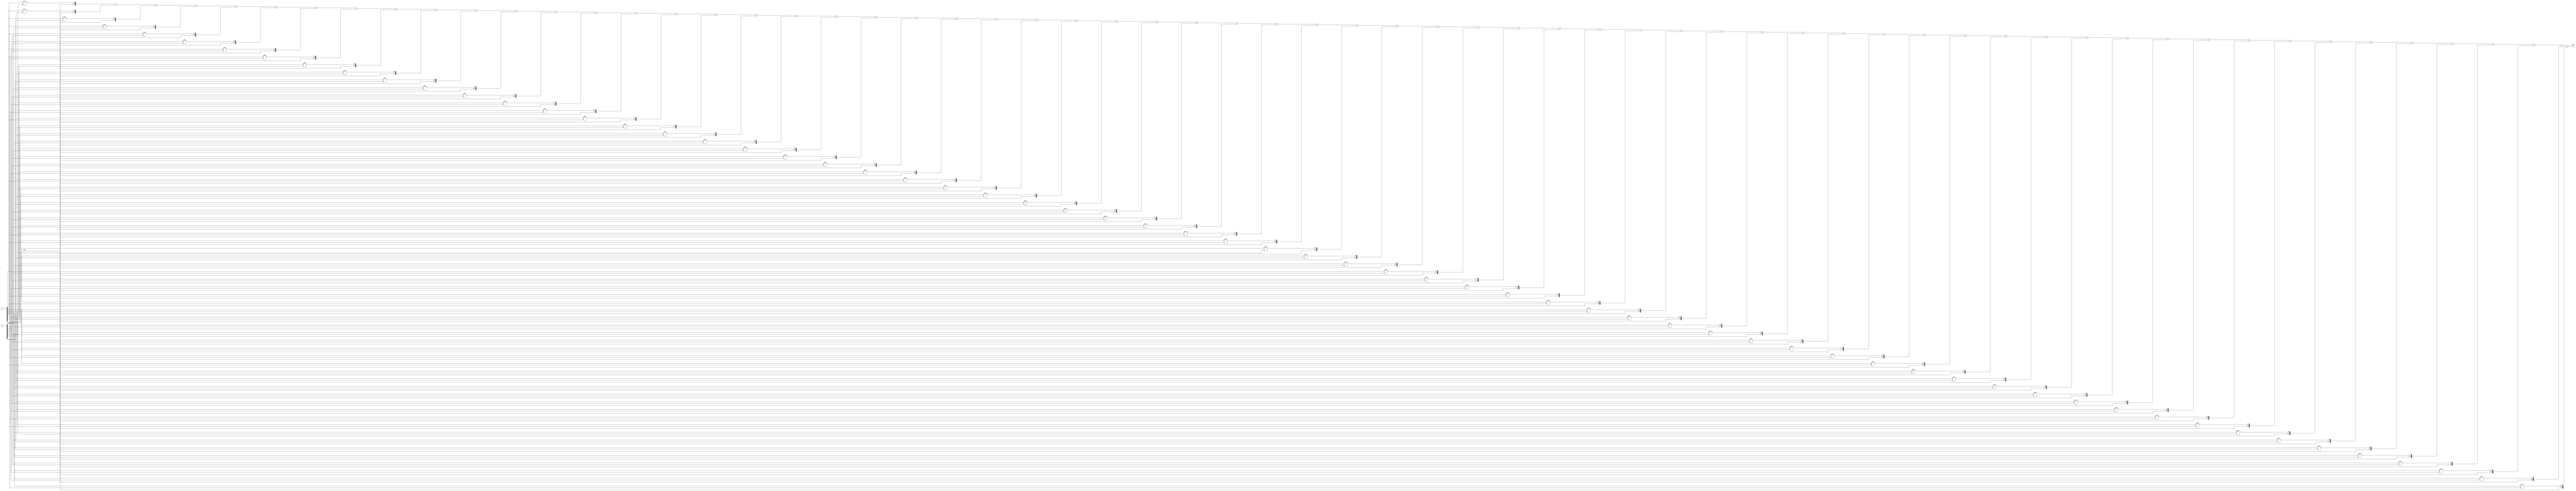
module ArrayMultiplier (
    input wire [7:0] a,
    input wire [7:0] b,
    output wire [15:0] result
);

wire [15:0] partial_products [7:0][7:0];

// Generate partial products
genvar i, j;
generate
    for (i = 0; i < 8; i=i+1) begin
        for (j = 0; j < 8; j=j+1) begin
            assign partial_products[i][j] = a[i] * b[j];
        end
    end
endgenerate

// Add the partial products to get the final result
assign result = partial_products[0][0] + partial_products[0][1] + partial_products[0][2] + partial_products[0][3] + 
                partial_products[0][4] + partial_products[0][5] + partial_products[0][6] + partial_products[0][7] +
                partial_products[1][0] + partial_products[1][1] + partial_products[1][2] + partial_products[1][3] + 
                partial_products[1][4] + partial_products[1][5] + partial_products[1][6] + partial_products[1][7] +
                partial_products[2][0] + partial_products[2][1] + partial_products[2][2] + partial_products[2][3] + 
                partial_products[2][4] + partial_products[2][5] + partial_products[2][6] + partial_products[2][7] +
                partial_products[3][0] + partial_products[3][1] + partial_products[3][2] + partial_products[3][3] + 
                partial_products[3][4] + partial_products[3][5] + partial_products[3][6] + partial_products[3][7] +
                partial_products[4][0] + partial_products[4][1] + partial_products[4][2] + partial_products[4][3] + 
                partial_products[4][4] + partial_products[4][5] + partial_products[4][6] + partial_products[4][7] +
                partial_products[5][0] + partial_products[5][1] + partial_products[5][2] + partial_products[5][3] + 
                partial_products[5][4] + partial_products[5][5] + partial_products[5][6] + partial_products[5][7] +
                partial_products[6][0] + partial_products[6][1] + partial_products[6][2] + partial_products[6][3] + 
                partial_products[6][4] + partial_products[6][5] + partial_products[6][6] + partial_products[6][7] +
                partial_products[7][0] + partial_products[7][1] + partial_products[7][2] + partial_products[7][3] + 
                partial_products[7][4] + partial_products[7][5] + partial_products[7][6] + partial_products[7][7];

endmodule